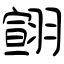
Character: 翧